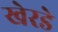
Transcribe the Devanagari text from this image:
खेरडे